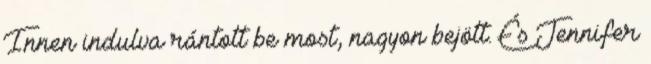
Innen indulva rántott be most, nagyon bejött. És Jennifer